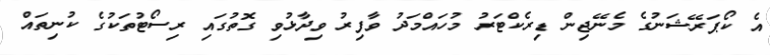
އެ ކޯޕަރޭޝަނުގެ މެނޭޖިން ޑިރެކްޓަރު މުހައްމަދު ވާފިރު ވިދާޅުވި ގޮތުގައި ރިސޯޓުތަކުގެ ކުނިތައް